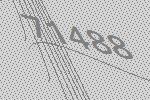
71488